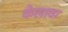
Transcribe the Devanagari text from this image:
केलावा